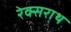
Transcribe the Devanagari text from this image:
रेक्सराथ